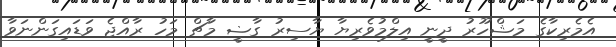
އެމެރިކާގެ މަޝްހޫރު ދީނީ އިލްމުވެރިޔާ ޔާސިރު ގާޟީ މާޗް މަހު ރާއްޖެ ވަޑައިގަންނަވާ